Annual administration report of the Civil Veterinary Department of India - 1892-1893
Year: 1892
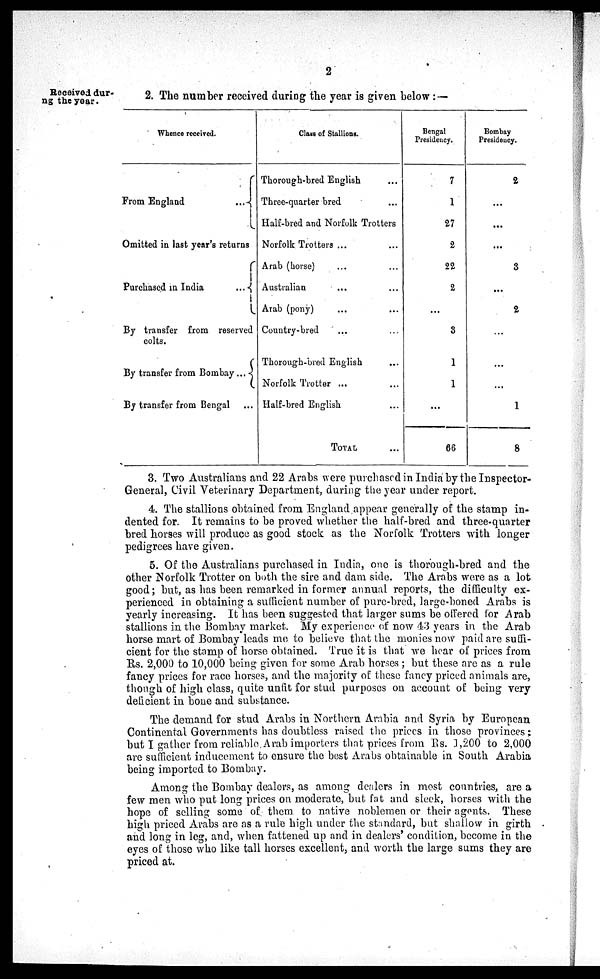
2
Received dur-
ng the year.
2. The number received during the year is given below:—
Whence received.
From England
...
Omitted in last year's returns
Purchased in India
...
By transfer from reserved
colts.
By transfer from Bombay ...
By transfer from Bengal ...
Claus of Stallions.
Thorough-bred English ...
Three-quarter bred ...
Half-bred and Norfolk Trotters
Norfolk Trotters ... ...
Arab (horse) ... ...
Australian ... ...
Arab (pony) ... ...
Country-bred ... ...
Thorough-bred English ...
Norfolk Trotter ... ...
Half-bred English ...
TOTAL ...
Bengal
Presidency.
7
1
27
2
22
2
...
3
1
1
...
66
Bombay
Presidency.
2
...
...
...
3
...
2
...
...
...
1
8
3. Two Australians and 22 Arabs were purchased in India by the Inspector-
General, Civil Veterinary Department, during the year under report.
4. The stallions obtained from England appear generally of the stamp in-
dented for. It remains to be proved whether the half-bred and three-quarter
bred horses will produce as good stock as the Norfolk Trotters with longer
pedigrees have given.
5. Of the Australians purchased in India, one is thorough-bred and the
other Norfolk Trotter on both the sire and dam side. The Arabs were as a lot
good; but, as has been remarked in former annual reports, the difficulty ex-
perienced in obtaining a sufficient number of pure-bred, large-boned Arabs is
yearly increasing. It has been suggested that larger sums be offered for Arab
stallions in the Bombay market. My experience of now 43 years in the Arab
horse mart of Bombay leads me to believe that the monies now paid are suffi-
cient for the stamp of horse obtained. True it is that we hear of prices from
Rs. 2,000 to 10,000 being given for some Arab horses; but these are as a rule
fancy prices for race horses, and the majority of these fancy priced animals are,
though of high class, quite unfit for stud purposes on account of being very
deficient in bone and substance.
The demand for stud Arabs in Northern Arabia and Syria by European
Continental Governments has doubtless raised the prices in those provinces :
but I gather from reliable. Arab importers that prices from Rs. 1,200 to 2,000
are sufficient inducement to ensure the best Arabs obtainable in South Arabia
being imported to Bombay.
Among the Bombay dealers, as among dealers in most countries, are a
few men who put long prices on moderate, but fat and sleek, horses with the
hope of selling some of them to native noblemen or their agents. These
high priced Arabs are as a rule high under the standard, but shallow in girth
and long in leg, and, when fattened up and in dealers' condition, become in the
eyes of those who like tall horses excellent, and worth the large sums they are
priced at.